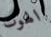
الهوت